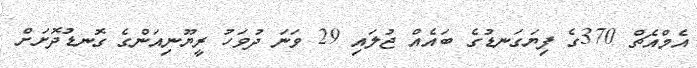
އެމްއެޗް 370ގެ ފިޔަގަނޑުގެ ބައެއް ޖުލައި 29 ވަނަ ދުވަހު ރީޔޫނިއަންގެ ގޮނޑުދޮށަށް